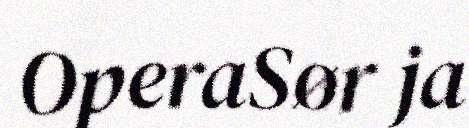
OperaSør ja